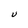
Character: U